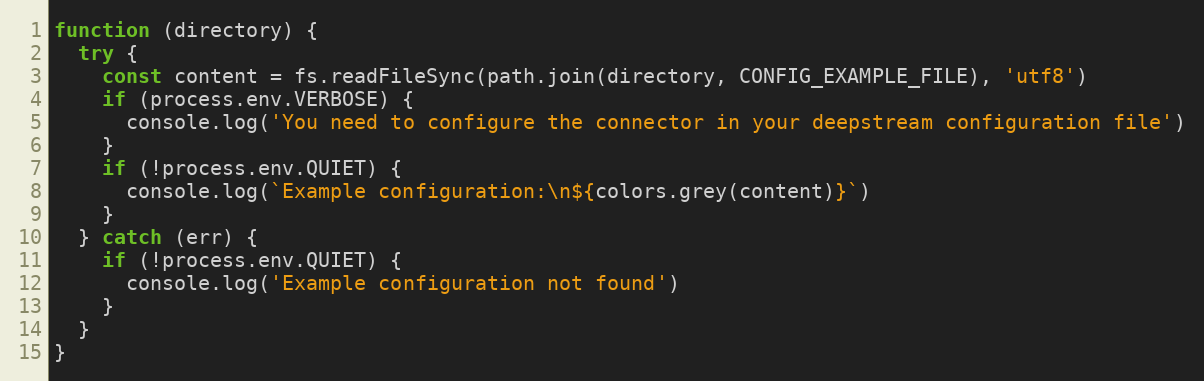
Language: JavaScript
function (directory) {
  try {
    const content = fs.readFileSync(path.join(directory, CONFIG_EXAMPLE_FILE), 'utf8')
    if (process.env.VERBOSE) {
      console.log('You need to configure the connector in your deepstream configuration file')
    }
    if (!process.env.QUIET) {
      console.log(`Example configuration:\n${colors.grey(content)}`)
    }
  } catch (err) {
    if (!process.env.QUIET) {
      console.log('Example configuration not found')
    }
  }
}